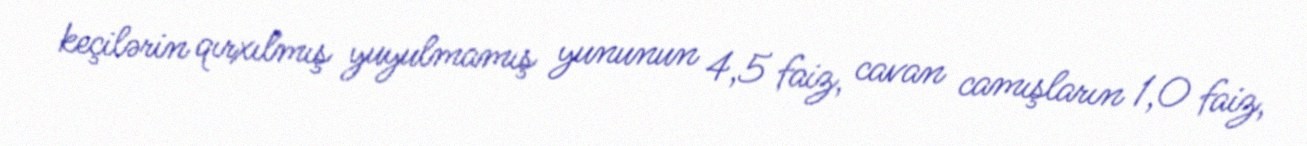
keçilərin qırxılmış yuyulmamış yununun 4,5 faiz, cavan camışların 1,0 faiz,